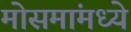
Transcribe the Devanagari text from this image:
मोसमांमध्ये